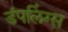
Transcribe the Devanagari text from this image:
डंपलिंग्स